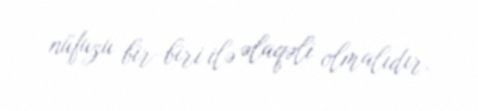
nüfuzu bir-biri ilə əlaqəli olmalıdır.